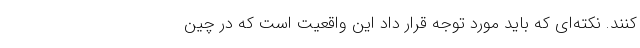
کنند. نکته‌ای که باید مورد توجه قرار داد این واقعیت است که در چین